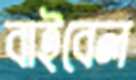
বাইবেল